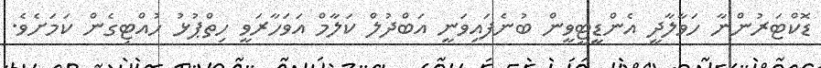
ޑޮކްޓަރުންނާ ހަވާލާދީ އެންޑީޓީވީން ބުނެފައިވަނީ އަބްދުލް ކަލާމް އަވަހާރަވީ ހިތްޕުޅު ހުއްޓިގެން ކަމަށެވެ.